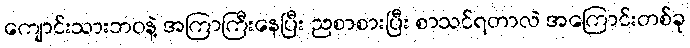
ကျောင်းသားဘဝနဲ့ အကြာကြီးနေပြီး ညစာစားပြီး စာသင်ရတာလဲ အကြောင်းတစ်ခု